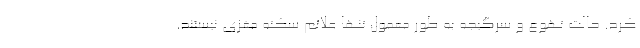
کرد. حالت تهوع و سرگیجه به طور معمول تنها علائم سکته مغزی نیستند.